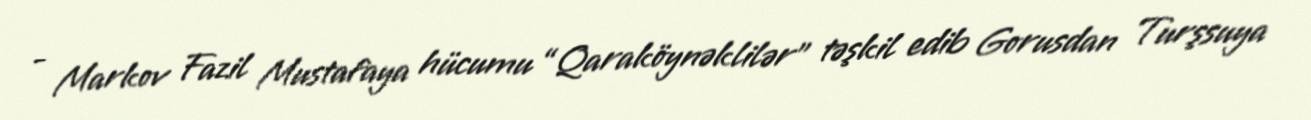
- Markov Fazil Mustafaya hücumu “Qaraköynəklilər” təşkil edib Gorusdan Turşsuya